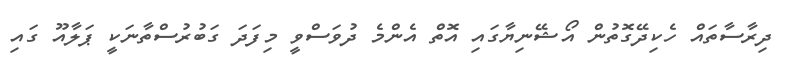
ދިރާސާތައް ހެކިދޭގޮތުން އޯޝޭނިޔާގައި އޮތް އެންމެ ދުވަސްވީ މިފަދަ ގަބުރުސްތާނަކީ ޕަލާއޫ ގައި